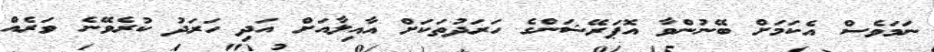
ނަމަވެސް އެކަމަށް ބޭނުންވާ އޮޕަރޭޝަންގެ ހަރަދުތަކަށް އާއިލާއަށް އަދި ހަރަދު ކުރެވޭނެ ވަރެއް